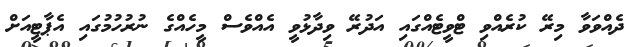
ދެއްވަވާ މިރޭ ކުރެއްވި ޓްވީޓެއްގައި އަދުރޭ ވިދާޅުވީ އެއްވެސް މީހެއްގެ ނުރުހުމުގައި އެޕާޓީއަށް